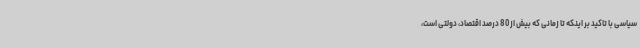
سیاسی با تاکید بر اینکه تا زمانی که بیش از 80 درصد اقتصاد، دولتی است،